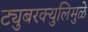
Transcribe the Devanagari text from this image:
ट्युबरक्युलिमुळे